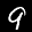
Label: 9